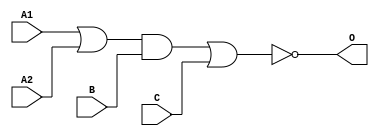
module JD121A(A1, A2, B, C, O);
input   A1;
input   A2;
input   B;
input   C;
output  O;
or g0(w1, A1, A2);
and g1(w0, w1, B);
nor g2(O, w0, C);
endmodule